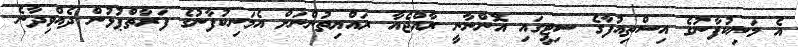
އެ މަނިކުފާނުގެ އިސްތިއުފާގެ ސިޓީގައި އޮންނާނީ ރާއްޖެއާ ރައްޔިތުންނަށް އެމަނިކުފާނުގެ ފަރާތްޕުޅުން ދެއްވިދާނެ